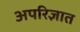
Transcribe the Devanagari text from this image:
अपरिज्ञात